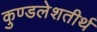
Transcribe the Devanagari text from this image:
कुण्डलेशतीर्थ